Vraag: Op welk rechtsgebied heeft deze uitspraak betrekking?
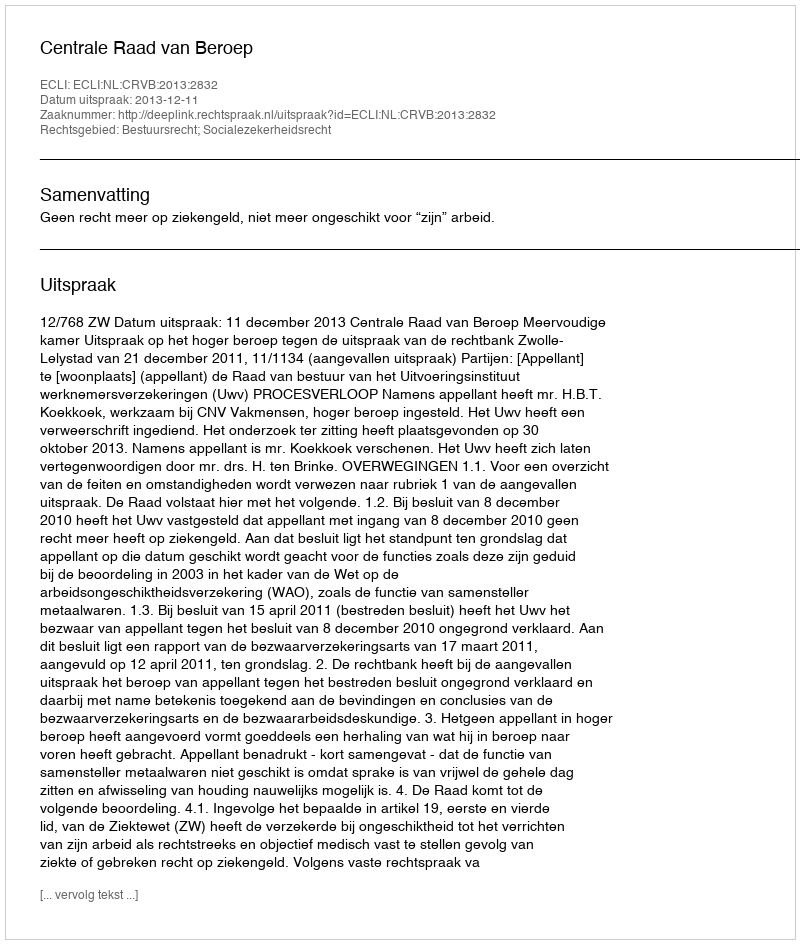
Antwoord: Bestuursrecht; Socialezekerheidsrecht